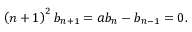
\left( n + 1 \right) ^ { 2 } b _ { n + 1 } = a b _ { n } - b _ { n - 1 } = 0 .